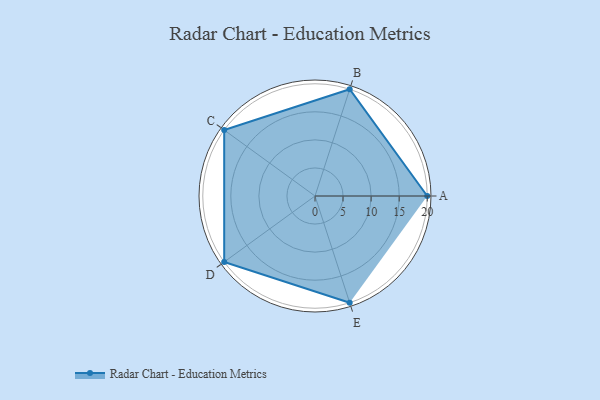
{"axis": {"x": "Skill", "y": "Score"}, "legend": ["Profile"], "data": [{"x": "A", "y": 20, "type": "Profile"}, {"x": "B", "y": 20, "type": "Profile"}, {"x": "C", "y": 20, "type": "Profile"}, {"x": "D", "y": 20, "type": "Profile"}, {"x": "E", "y": 20, "type": "Profile"}]}